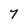
Character: 7